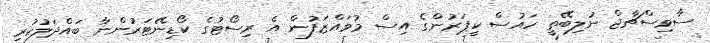
ސާވިސްޗާޖް ނުލިބޭތީ ހައުސް ކީޕަރުންގެ އިސް މުވައްޒަފުން އެ ރިސޯޓުގެ ކޯޑިނޭޓަރުންނާ ބައްދަލުކުރި